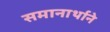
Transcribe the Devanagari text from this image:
समानार्थाने